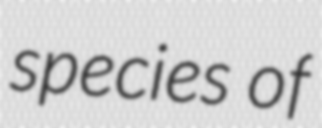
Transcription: species of